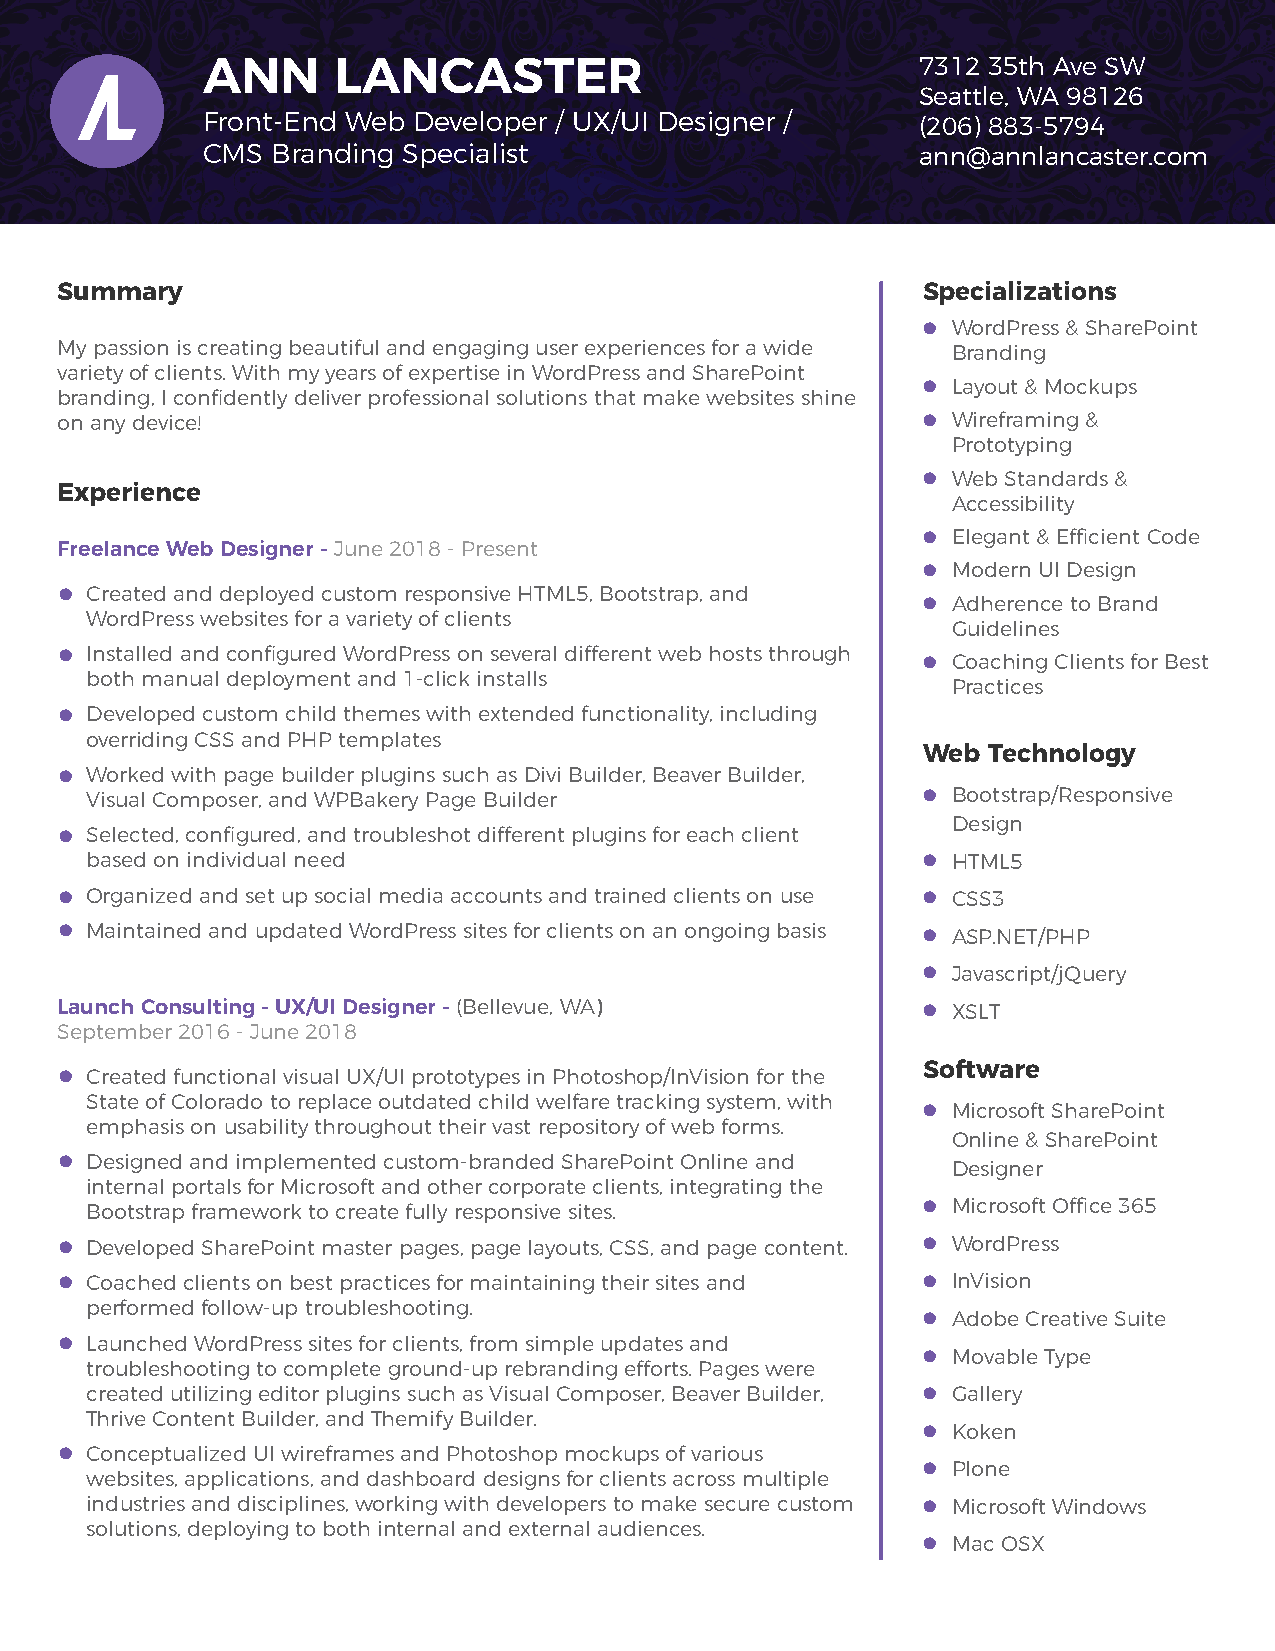
ANN      LANCASTER                              7312 35th Ave SW
 Seattle, WA 98126
 Front-End Web Developer / UX/UI Designer /      (206) 883-5794
 CMS  Branding Specialist                        ann@annlancaster.com
 Summary                                                  Specializations
  WordPress & SharePoint
 My passion is creating beautiful and engaging user experiences for a wide Branding
 variety of clients. With my years of expertise in WordPress and SharePoint
  Layout & Mockups
 branding, I confidently deliver professional solutions that make websites shine
 on any device!                                            Wireframing &
 Prototyping
  Web Standards &
 Experience
 Accessibility
  Elegant & Efficient Code
 Freelance Web Designer - June 2018 - Present
  Modern UI Design
  Created and deployed custom responsive HTML5, Bootstrap, and
  Adherence to Brand
 WordPress websites for a variety of clients
 Guidelines
  Installed and configured WordPress on several different web hosts through  Coaching Clients for Best
 both manual deployment and 1-click installs
 Practices
  Developed custom child themes with extended functionality, including
 overriding CSS and PHP templates
 Web Technology
  Worked with page builder plugins such as Divi Builder, Beaver Builder,
 Visual Composer, and WPBakery Page Builder              Bootstrap/Responsive
 Design
  Selected, configured, and troubleshot different plugins for each client
 based on individual need                                HTML5
  Organized and set up social media accounts and trained clients on use  CSS3
  Maintained and updated WordPress sites for clients on an ongoing basis  ASP.NET/PHP
  Javascript/jQuery
 Launch Consulting - UX/UI Designer - (Bellevue, WA)       XSLT
 September 2016 - June 2018
 Software
  Created functional visual UX/UI prototypes in Photoshop/InVision for the
 State of Colorado to replace outdated child welfare tracking system, with
  Microsoft SharePoint
 emphasis on usability throughout their vast repository of web forms.
 Online & SharePoint
  Designed and implemented custom-branded SharePoint Online and Designer
 internal portals for Microsoft and other corporate clients, integrating the
 Bootstrap framework to create fully responsive sites.   Microsoft Office 365
  Developed SharePoint master pages, page layouts, CSS, and page content.  WordPress
  Coached clients on best practices for maintaining their sites and  InVision
 performed follow-up troubleshooting.
  Adobe Creative Suite
  Launched WordPress sites for clients, from simple updates and
  Movable Type
 troubleshooting to complete ground-up rebranding efforts. Pages were
 created utilizing editor plugins such as Visual Composer, Beaver Builder,  Gallery
 Thrive Content Builder, and Themify Builder.
  Koken
  Conceptualized UI wireframes and Photoshop mockups of various
  Plone
 websites, applications, and dashboard designs for clients across multiple
 industries and disciplines, working with developers to make secure custom  Microsoft Windows
 solutions, deploying to both internal and external audiences.
  Mac OSX